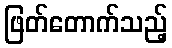
ဖြတ်တောက်သည့်